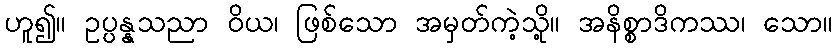
ဟူ၍။ ဥပ္ပန္နသညာ ဝိယ၊ ဖြစ်သော အမှတ်ကဲ့သို့။ အနိစ္စာဒိကဿ၊ သော။